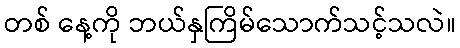
တစ် နေ့ကို ဘယ်နှကြိမ်သောက်သင့်သလဲ။